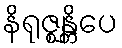
နိရုဇ္ဈန္တိပေ